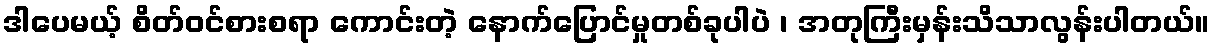
ဒါပေမယ့် စိတ်ဝင်စားစရာ ကောင်းတဲ့ နောက်ပြောင်မှုတစ်ခုပါပဲ ၊ အတုကြီးမှန်းသိသာလွန်းပါတယ်။